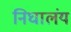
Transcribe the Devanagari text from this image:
निघालंंय